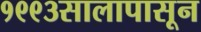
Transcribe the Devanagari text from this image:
१९९३सालापासून